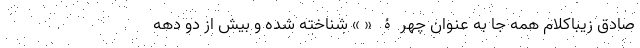
صادق زیباکلام همه جا به عنوان چهرۀ « » شناخته شده و بیش از دو دهه